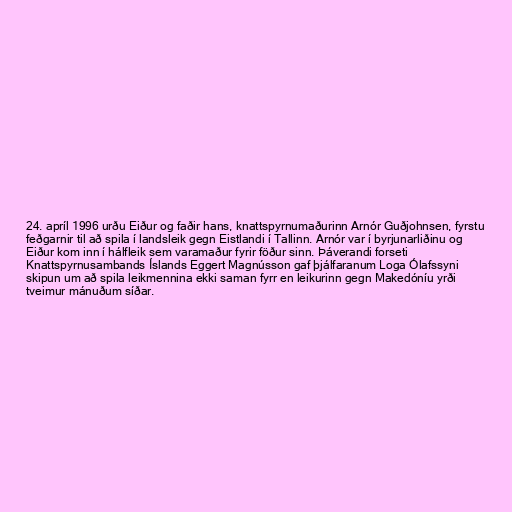
24. apríl 1996 urðu Eiður og faðir hans, knattspyrnumaðurinn Arnór Guðjohnsen, fyrstu
feðgarnir til að spila í landsleik gegn Eistlandi í Tallinn. Arnór var í byrjunarliðinu og
Eiður kom inn í hálfleik sem varamaður fyrir föður sinn. Þáverandi forseti
Knattspyrnusambands Íslands Eggert Magnússon gaf þjálfaranum Loga Ólafssyni
skipun um að spila leikmennina ekki saman fyrr en leikurinn gegn Makedóníu yrði
tveimur mánuðum síðar.